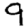
Digit: 9